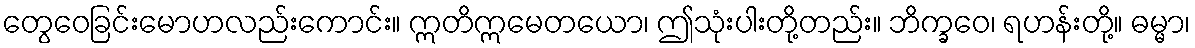
တွေဝေခြင်းမောဟလည်းကောင်း။ ဣတိဣမေတယော၊ ဤသုံးပါးတို့တည်း။ ဘိက္ခဝေ၊ ရဟန်းတို့။ ဓမ္မာ၊